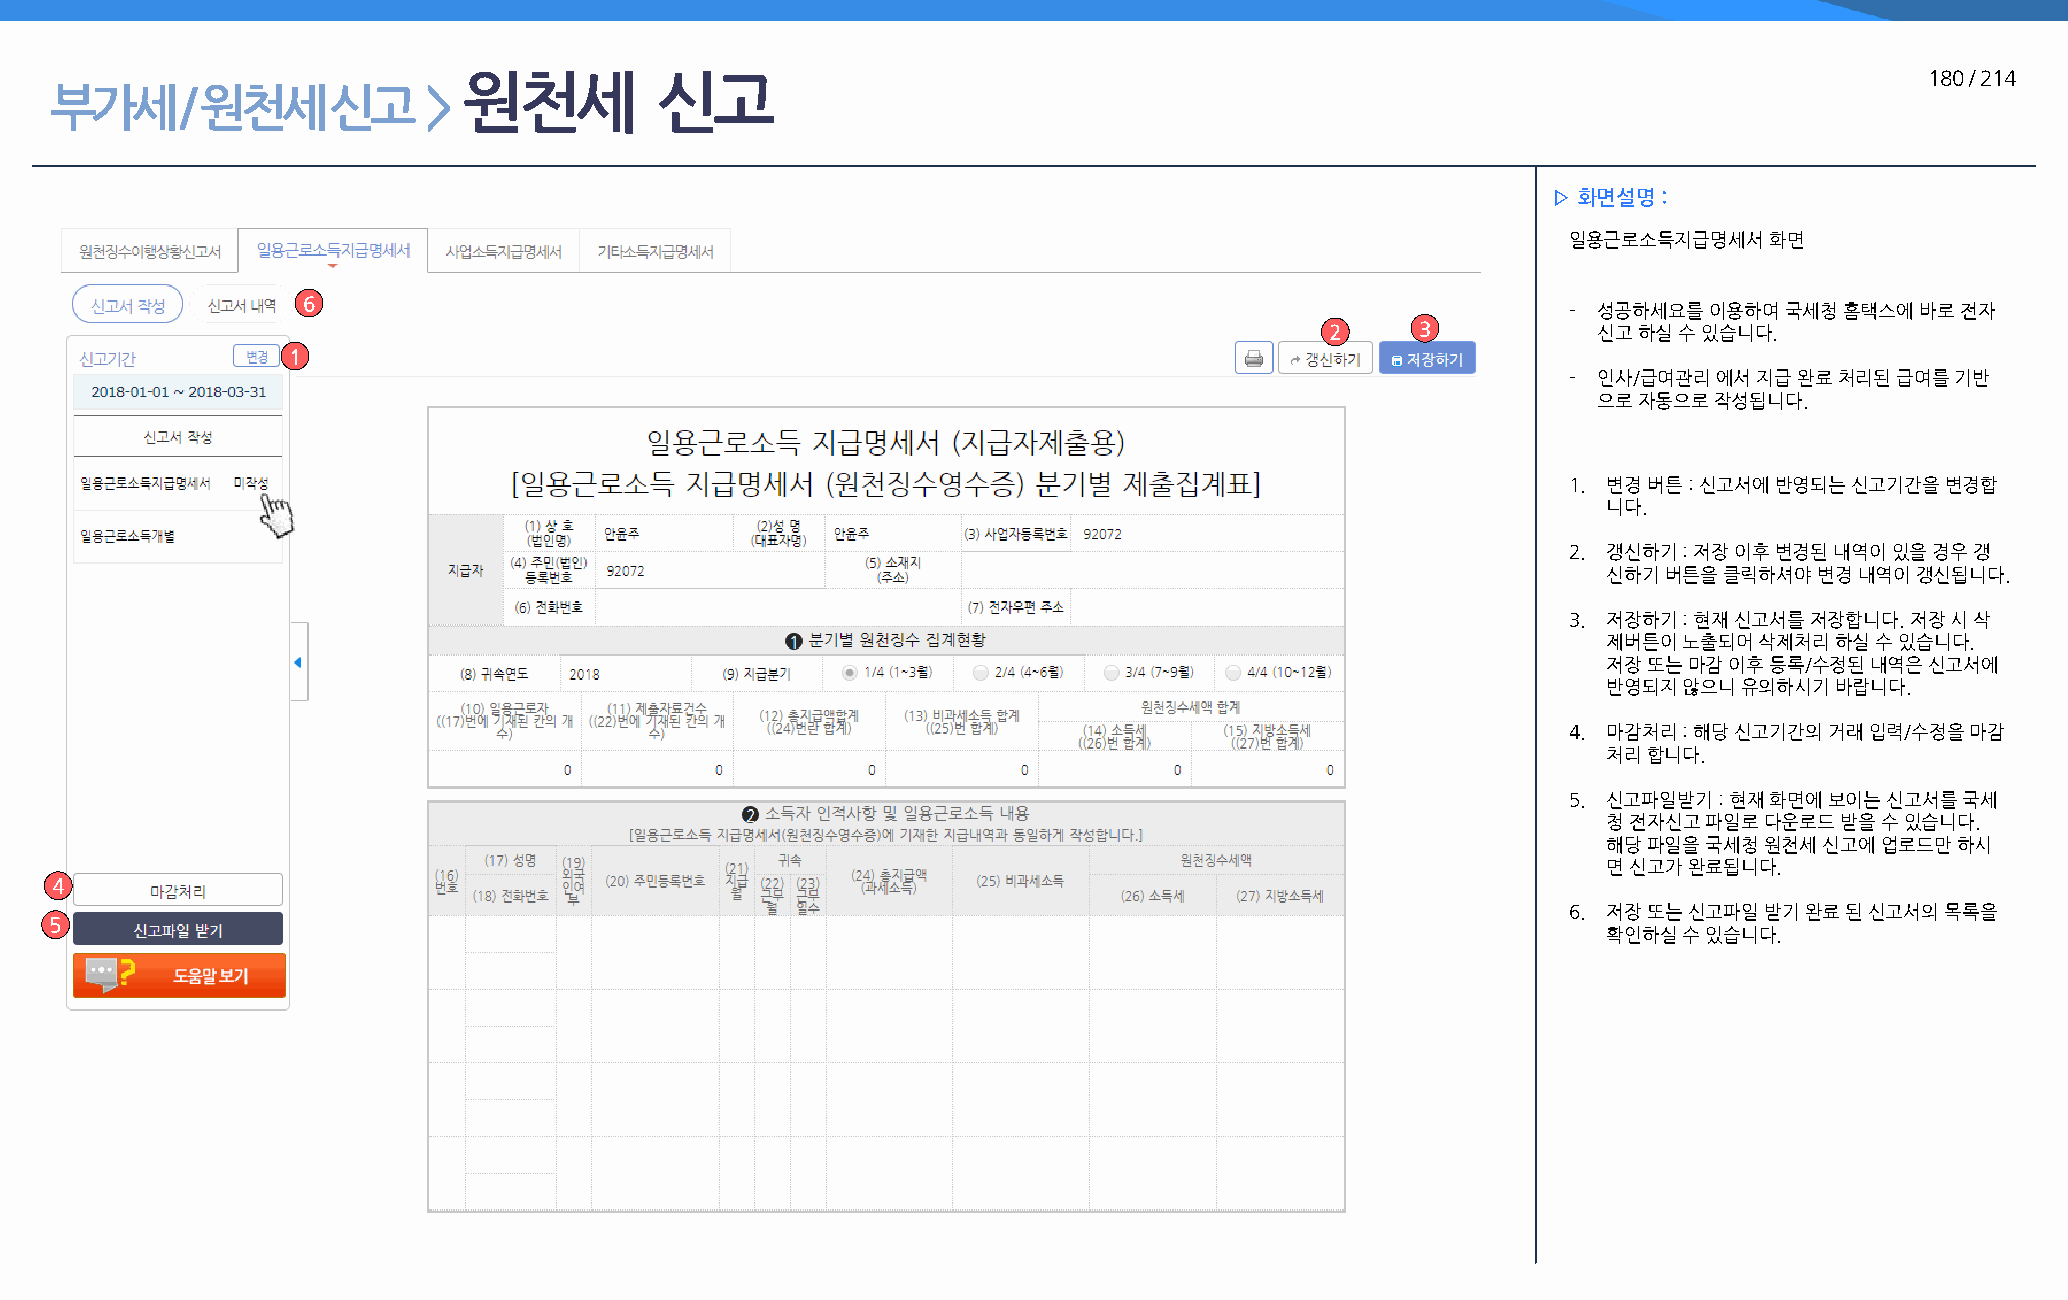
원천세         신고                                                                                   180 / 214
 부가세      / 원천세     신고    >
 ▷ 화면설명 :
 일용근로소득지급명세서  화면
 6
 - 성공하세요를 이용하여 국세청 홈택스에 바로 전자
 2     3           신고 하실 수 있습니다.
 1
 - 인사/급여관리 에서 지급 완료 처리된 급여를 기반
 으로 자동으로 작성됩니다.
 1. 변경 버튼 : 신고서에 반영되는 신고기간을 변경합
 니다.
 2. 갱신하기 : 저장 이후 변경된 내역이 있을 경우 갱
 신하기 버튼을 클릭하셔야 변경 내역이 갱신됩니다.
 3. 저장하기 : 현재 신고서를 저장합니다. 저장 시 삭
 제버튼이 노출되어 삭제처리 하실 수 있습니다.
 저장 또는 마감 이후 등록/수정된 내역은 신고서에
 반영되지 않으니 유의하시기 바랍니다.
 4. 마감처리 : 해당 신고기간의 거래 입력/수정을 마감
 처리 합니다.
 5. 신고파일받기 : 현재 화면에 보이는 신고서를 국세
 청 전자신고 파일로 다운로드 받을 수 있습니다.
 해당 파일을 국세청 원천세 신고에 업로드만 하시
 면 신고가 완료됩니다.
 4
 6. 저장 또는 신고파일 받기 완료 된 신고서의 목록을
 5
 확인하실 수 있습니다.